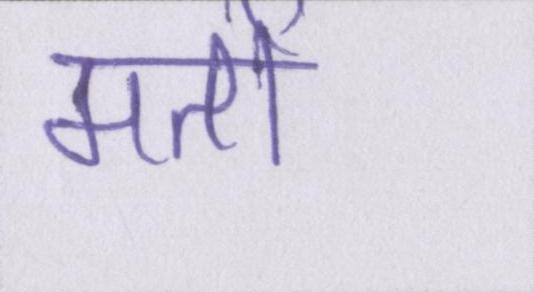
मतों